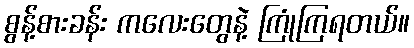
စွန့်စားခန်း ကလေးတွေနဲ့ ကြုံကြရတယ်။